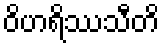
ဝိဟရိဿသီတိ